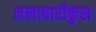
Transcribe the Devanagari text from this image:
मलाबारीकुस